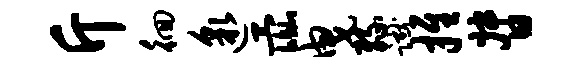
斤徊邈彘曳缘蹴推督